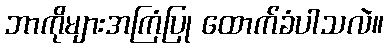
ဘာကိုများအကြံပြု ထောက်ခံပါသလဲ။